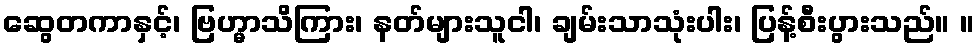
ဆွေတကာနှင့်၊ ဗြဟ္မာသိကြား၊ နတ်များသူငါ၊ ချမ်းသာသုံးပါး၊ ပြန့်စီးပွားသည်။ ။